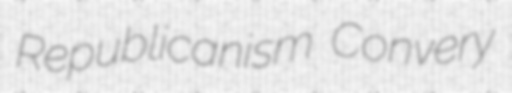
Republicanism Convery